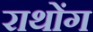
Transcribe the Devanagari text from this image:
राथोंग